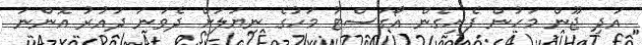
އަދި ޖޫން މަހުން ފެށިގެން އޯގަސްޓު މަހުގެ ނިޔަލަށް ދެވަނަ ދައުރު އޮންނަ